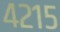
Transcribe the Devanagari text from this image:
४२१५